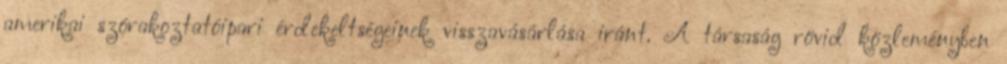
amerikai szórakoztatóipari érdekeltségeinek visszavásárlása iránt. A társaság rövid közleményben